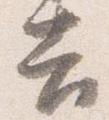
告